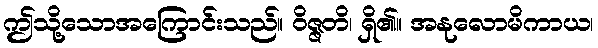
ဤသို့သောအကြောင်းသည်။ ဝိဇ္ဇတိ၊ ရှိ၏။ အနုလောမိကာယ၊